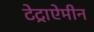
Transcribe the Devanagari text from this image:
टेट्राऐमीन